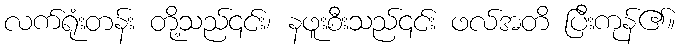
လက်ရုံးတန်း တို့သည်၎င်း၊ နဖူးစီးသည်၎င်း ဖလ်အတိ ပြီးကုန်၏။